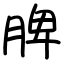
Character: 脾